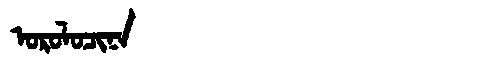
Manchu: ᠣᡵᠣᠯᠣᠴᡳᠨᠠ
Romanization: OROLOCINA